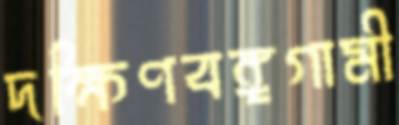
দক্ষিণবঙ্গগামী